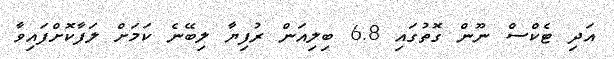
އަދި ޓެކްސް ނޫން ގޮތުގައި 6.8 ބިލިއަން ރުފިޔާ ލިބޭނެ ކަމަށް ލަފާކޮށްފައިވާ